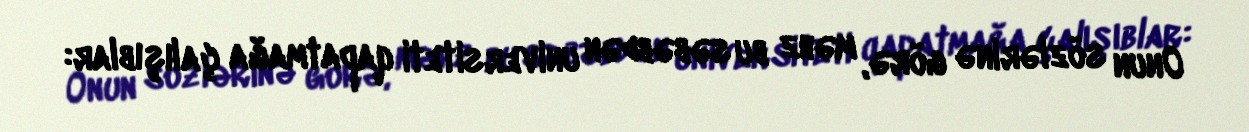
Onun sözlərinə görə, məhz bu səbəbdən universiteti qapatmağa çalışıblar: